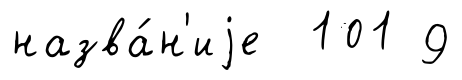
назва́н'иjе 101 9